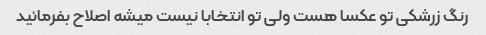
رنگ زرشکی تو عکسا هست ولی تو انتخابا نیست میشه اصلاح بفرمائید